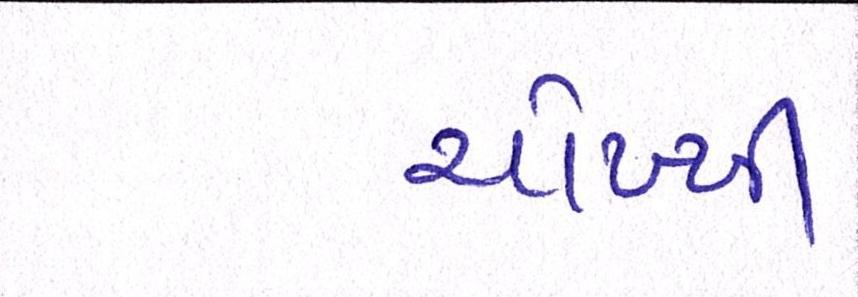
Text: ચોખ્ખી